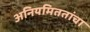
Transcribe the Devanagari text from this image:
अनियमिततांचा